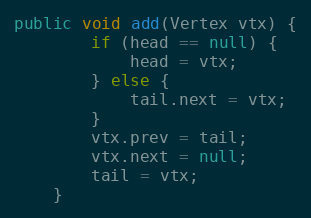
Language: Java
public void add(Vertex vtx) {
        if (head == null) {
            head = vtx;
        } else {
            tail.next = vtx;
        }
        vtx.prev = tail;
        vtx.next = null;
        tail = vtx;
    }